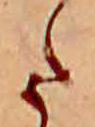
た